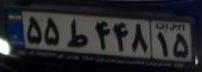
۵۵ط۴۴۸۱۵